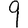
Digit: 9